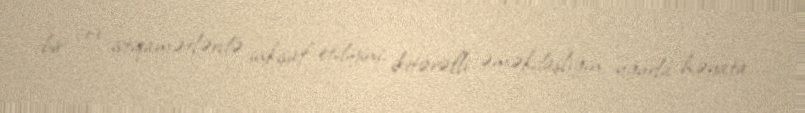
bir çox istiqamətlərdə inkişaf etdiyini, ikitərəfli əməkdaşlığın uğurla həyata